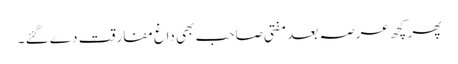
پھر کچھ عرصہ بعد مفتی صاحب بھی داغ مفارقت دے گئے ۔